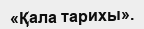
«Қала тарихы».